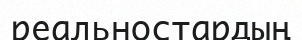
реальностардың